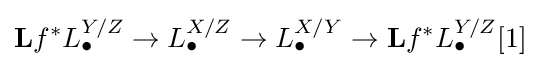
\mathbf {L} f^{*}L_{\bullet }^{Y/Z}\to L_{\bullet }^{X/Z}\to L_{\bullet }^{X/Y}\to \mathbf {L} f^{*}L_{\bullet }^{Y/Z}[1]